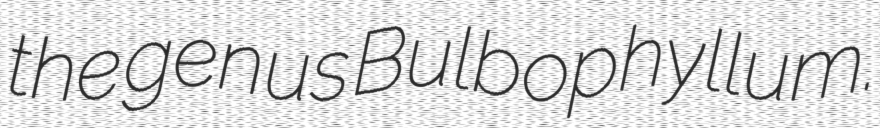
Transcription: the genus Bulbophyllum.